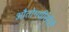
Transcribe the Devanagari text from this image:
औतोमथीसीटी